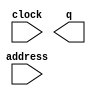
module rocket (
	address,
	clock,
	q);

	input	[5:0]  address;
	input	  clock;
	output	[2:0]  q;
`ifndef ALTERA_RESERVED_QIS
// synopsys translate_off
`endif
	tri1	  clock;
`ifndef ALTERA_RESERVED_QIS
// synopsys translate_on
`endif

endmodule